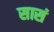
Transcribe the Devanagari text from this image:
सासं